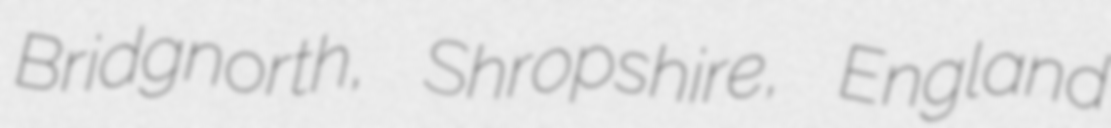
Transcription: Bridgnorth, Shropshire, England